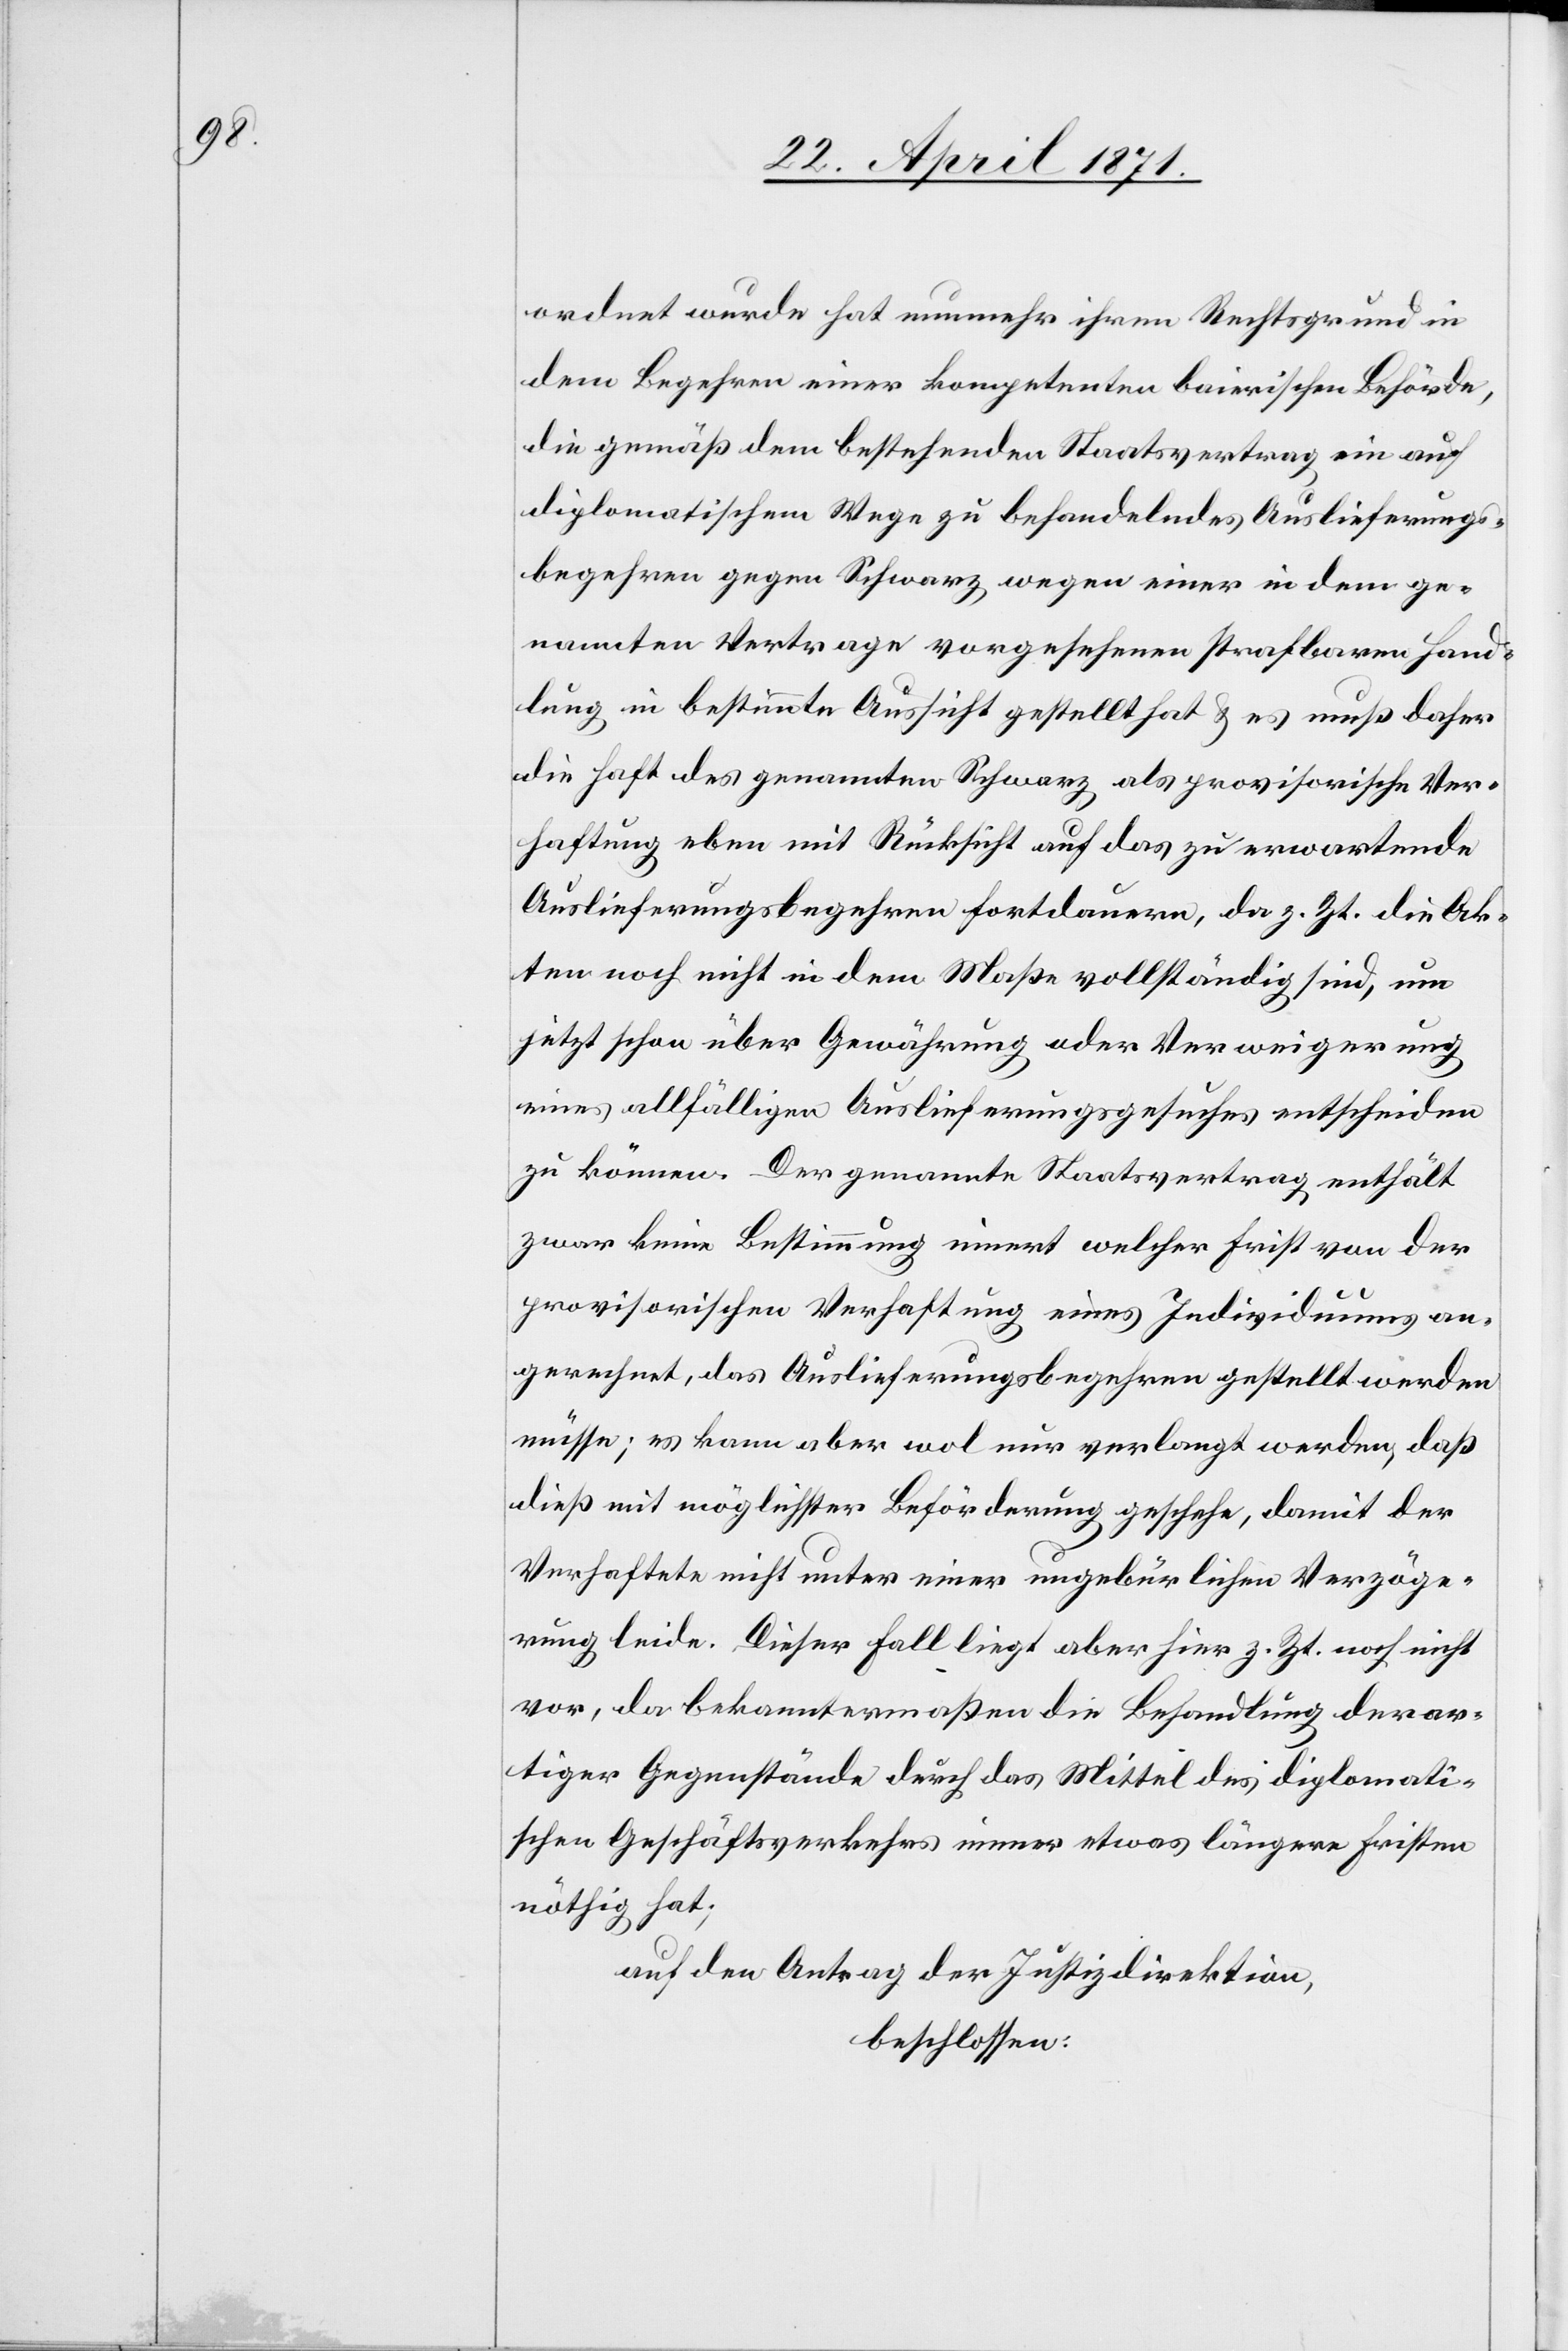
ordnet wurde hat nunmehr ihren Rechtsgrund in
dem Begehren einer kompetenten bairischen Behörde,
die gemäß dem bestehenden Staatsvertrag ein auf
diplomatischem Wege zu behandelndes Auslieferungs¬
begehren gegen Schwarz wegen einer in dem ge¬
nannten Vertrage vorgesehenen strafbaren Hand¬
lung in bestimmte Aussicht gestellt hat u. es muß daher
die Haft des genannten Schwarz als provisorische Ver¬
haftung eben mit Rücksicht auf das zu erwartende
Auslieferungsbegehren fortdauern, da z. Zt. die Ak¬
ten noch nicht in dem Maße vollständig sind, um
jetzt schon über Gewährung oder Verweigerung
eines allfälligen Auslieferungsgesuches entscheiden
zu können. Der genannte Staatsvertrag enthält
zwar keine Bestimmung innert welcher Frist von der
provisorischen Verhaftung eines Individuums an¬
gerechnet, das Auslieferungsbegehren gestellt werden
müsse; es kann aber wol nur verlangt werden, daß
dieß mit möglichster Beförderung geschehe, damit der
Verhaftete nicht unter einer ungebürlichen Verzöge¬
rung leide. Dieser Fall liegt aber hier z. Zt. noch nicht
vor, da bekanntermaßen die Behandlung derar¬
tiger Gegenstände durch das Mittel des diplomati¬
schen Geschäftsverkehrs immer etwas längere Fristen
nöthig hat;
auf den Antrag der Justizdirektion,
beschlossen: